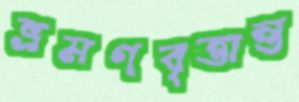
ভ্রমণবৃত্তান্ত